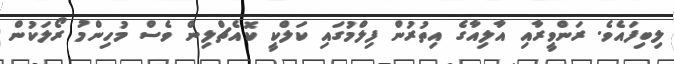
ލިބިފައެވެ. ރަންވީރާއި އާލިއާގެ އިތުރުން ފިލްމުގައި ކަލްކީ ކޮއެޗްލިން ވެސް މުހިންމު ރޯލަކުން